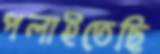
পলাইতেছি